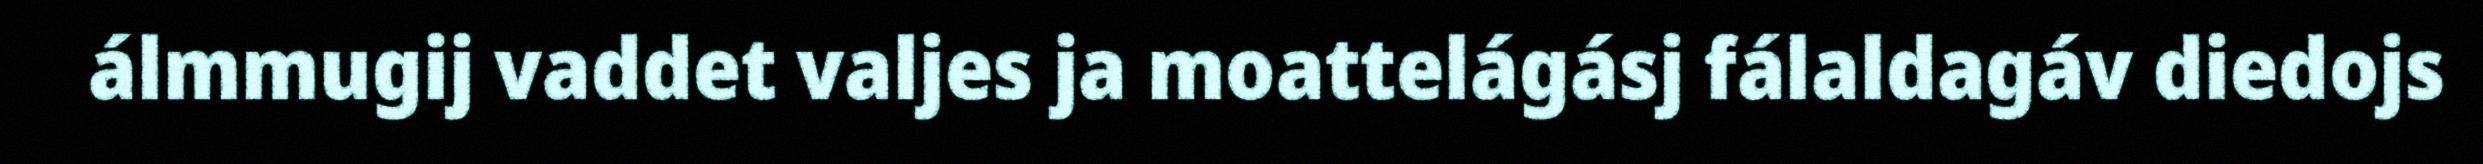
álmmugij vaddet valjes ja moattelágásj fálaldagáv diedojs